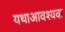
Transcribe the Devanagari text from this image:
यथाआवश्यक